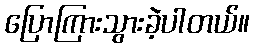
ပြောကြားသွားခဲ့ပါတယ်။